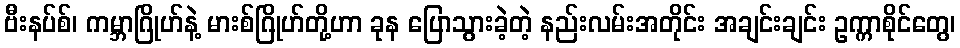
ဗီးနပ်စ်၊ ကမ္ဘာဂြိုဟ်နဲ့ မားစ်ဂြိုဟ်တို့ဟာ ခုန ပြောသွားခဲ့တဲ့ နည်းလမ်းအတိုင်း အချင်းချင်း ဥက္ကာစိုင်တွေ၊